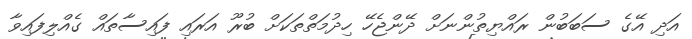
އަދި އޭގެ ސަބަބުން ރައްޔިތުންނަށް ދޭންޖެހޭ ހިދުމަތްތަކަށް ބުރޫ އަރައި ފައިސާތައް ގެއްލިފައިވާ